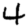
Digit: 4